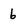
Character: b